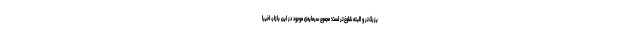
بزرگ‌تر و البته شلوغ‌تر است؛ مجموع سرمایه‌ی موجود در این بازار، اخیراً